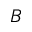
B